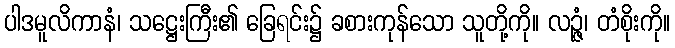
ပါဒမူလိကာနံ၊ သဋ္ဌေးကြီး၏ ခြေရင်း၌ ခစားကုန်သော သူတို့ကို။ လဉ္ဇံ၊ တံစိုးကို။